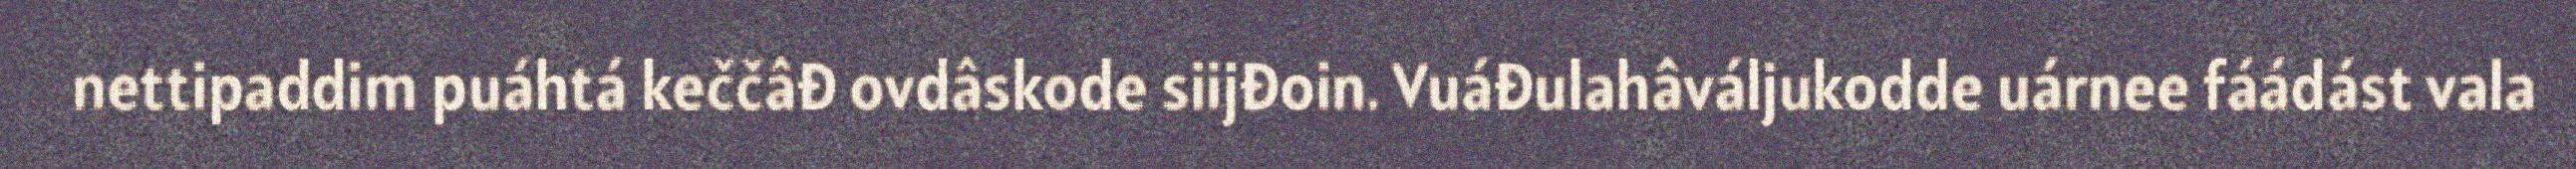
nettipaddim puáhtá keččâđ ovdâskode siijđoin​. Vuáđulahâváljukodde uárnee fáádást vala